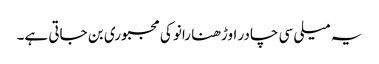
یہ میلی سی چادر اوڑھنا رانو کی مجبوری بن جاتی ہے۔